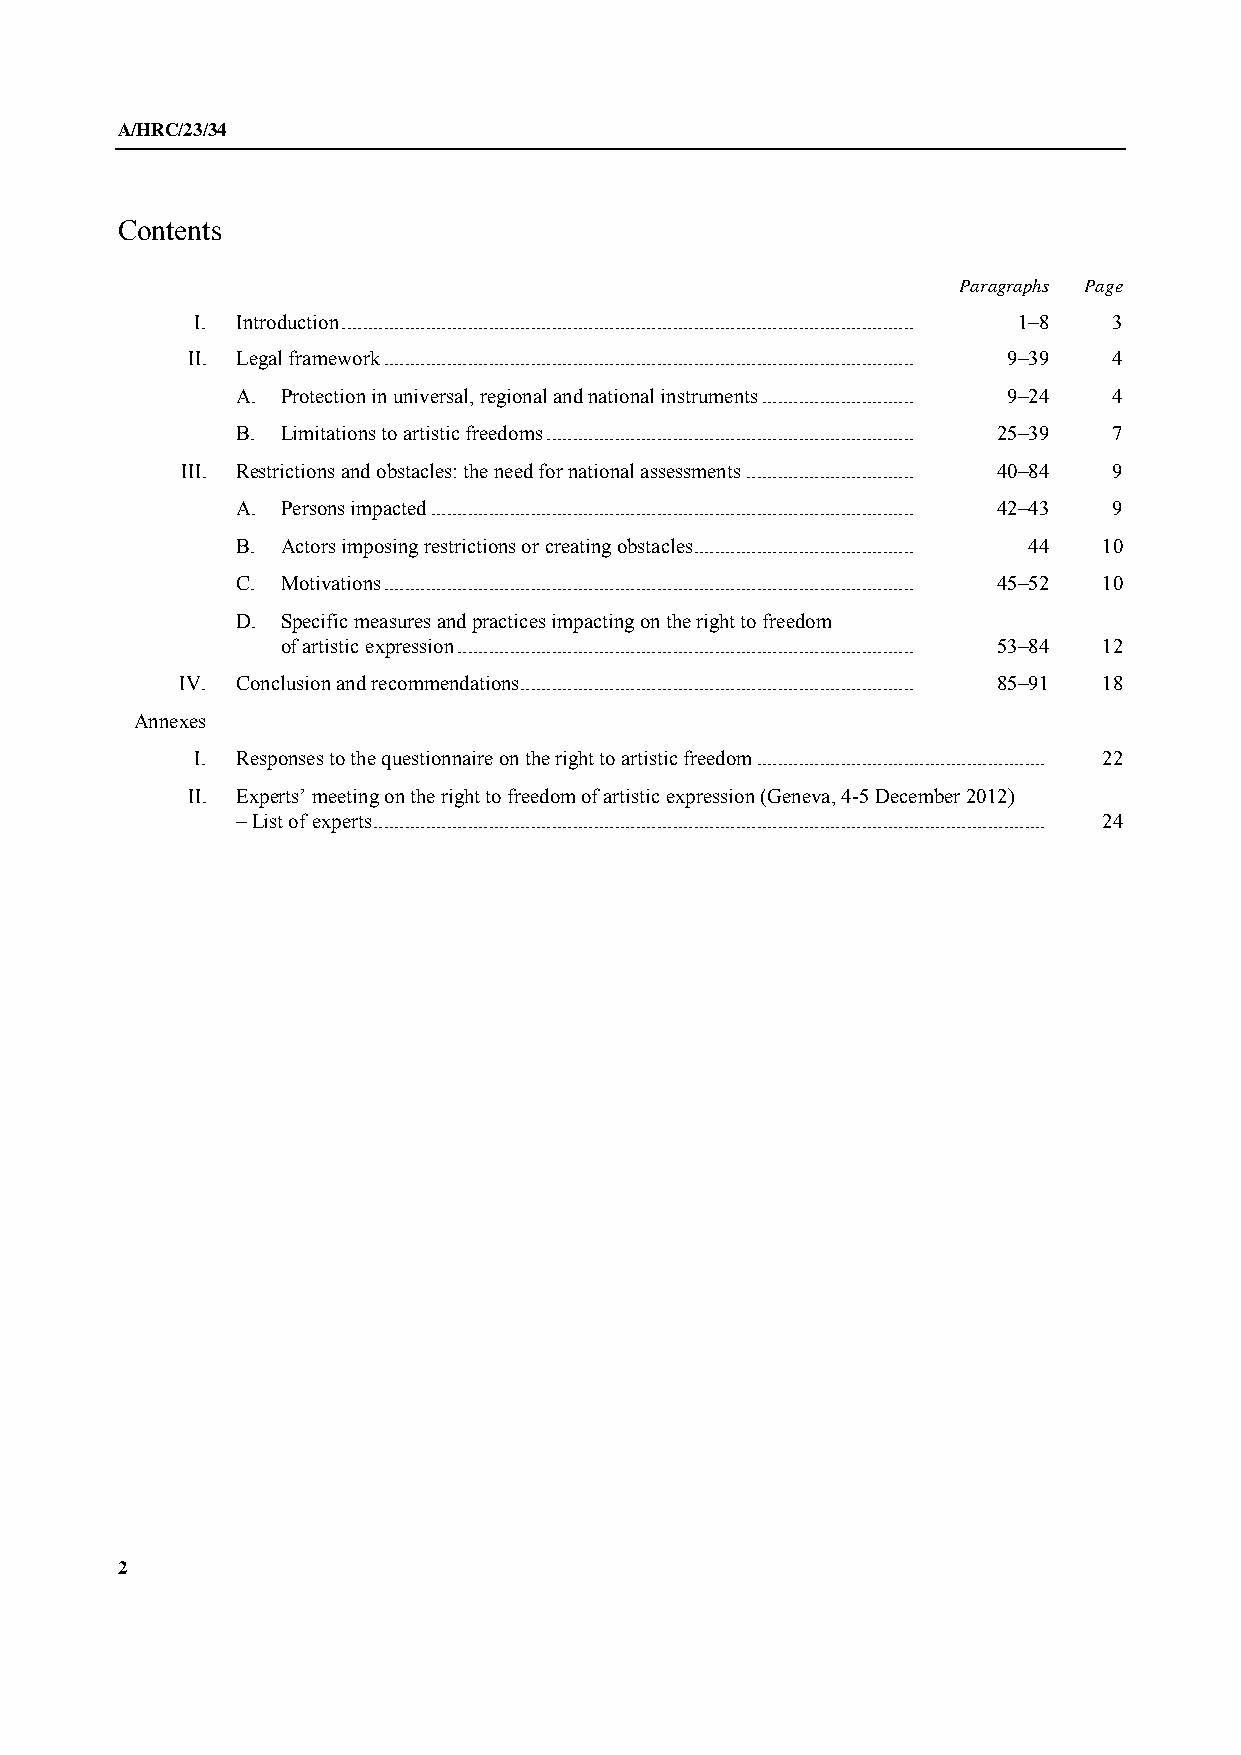
A/HRC/23/34
 Contents
 Paragraphs Page
 I. Introduction ............................................................................................................. 1–8 3
 II. Legal framework ..................................................................................................... 9–39 4
 A. Protection in universal, regional and national instruments ............................. 9–24 4
 B. Limitations to artistic freedoms ...................................................................... 25–39 7
 III. Restrictions and obstacles: the need for national assessments ................................ 40–84 9
 A. Persons impacted ............................................................................................ 42–43 9
 B. Actors imposing restrictions or creating obstacles.......................................... 44 10
 C. Motivations ..................................................................................................... 45–52 10
 D. Specific measures and practices impacting on the right to freedom
 of artistic expression ....................................................................................... 53–84 12
 IV. Conclusion and recommendations ........................................................................... 85–91 18
 Annexes
 I. Responses to the questionnaire on the right to artistic freedom ....................................................... 22
 II. Experts’ meeting on the right to freedom of artistic expression (Geneva, 4-5 December 2012)
 – List of experts ................................................................................................................................ 24
 2